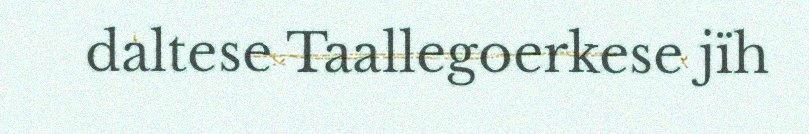
daltese Taallegoerkese jïh